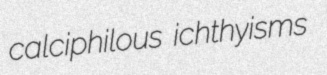
calciphilous ichthyisms